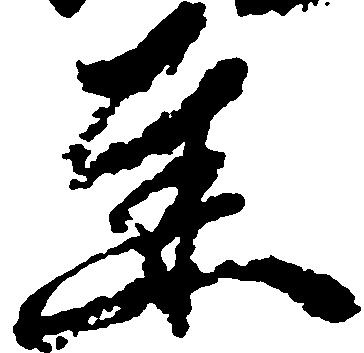
達